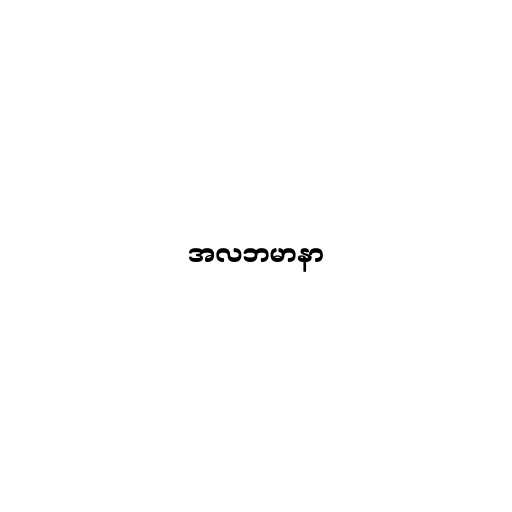
အလဘမာနာ